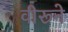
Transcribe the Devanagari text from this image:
वीरूने